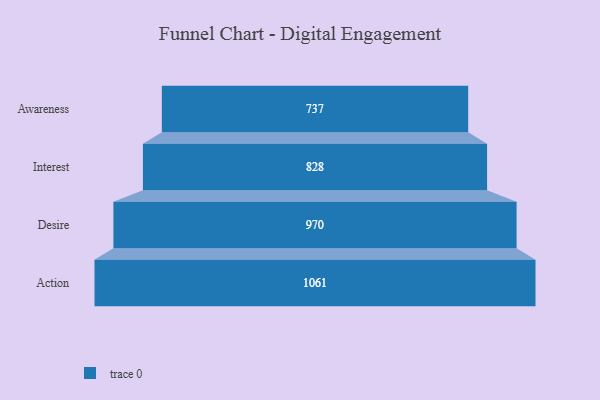
{"axis": {"x": "Stage", "y": "Value"}, "legend": [""], "data": [{"x": "Awareness", "y": 737.0, "type": ""}, {"x": "Interest", "y": 828.0, "type": ""}, {"x": "Desire", "y": 970.0, "type": ""}, {"x": "Action", "y": 1061.0, "type": ""}]}